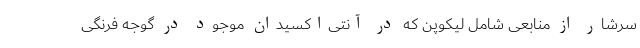
سرشار از منابعی شامل لیکوپن که در آنتی‌اکسیدان موجود در گوجه فرنگی